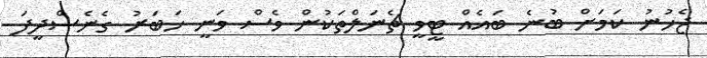
ޖެހުނު ކަމަށް ބުނެ ބައެއް ޓީވީ ޗެނަލްތަކުން ވެސް ވަނީ ހަބަރު ގެނެސްދީފަ